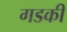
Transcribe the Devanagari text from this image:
गडकी